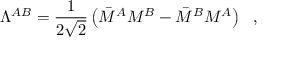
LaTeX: \Lambda ^ { A B } = { \frac { 1 } { 2 \sqrt { 2 } } } \left( \bar { \cal M } ^ { A } { \cal M } ^ { B } - \bar { \cal M } ^ { B } { \cal M } ^ { A } \right) ~ ~ ,